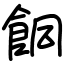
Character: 餇